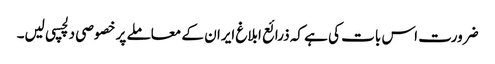
ضرورت اس بات کی ہے کہ ذرائع ابلاغ ایران کے معاملے پر خصوصی دلچسپی لیں۔